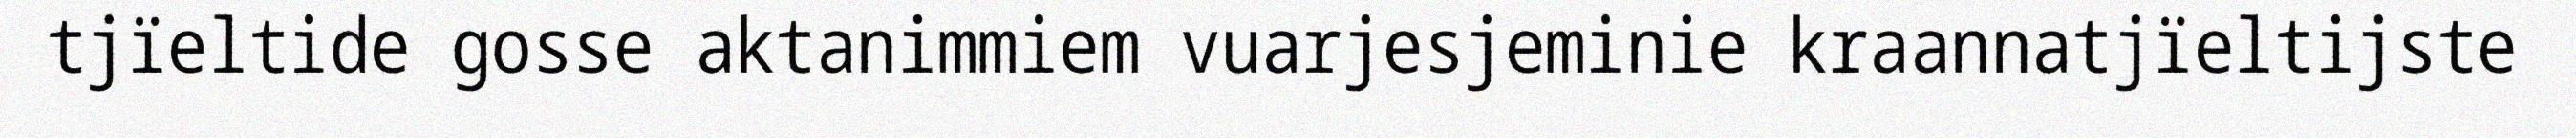
tjïeltide gosse aktanimmiem vuarjesjeminie kraannatjïeltijste